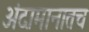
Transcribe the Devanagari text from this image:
अंदामानातच